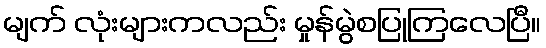
မျက် လုံးများကလည်း မှုန်မွဲစပြုကြလေပြီ။